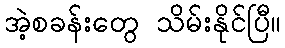
အဲ့စခန်းတွေ သိမ်းနိုင်ပြီ။